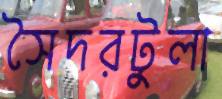
সৈদরটুলা